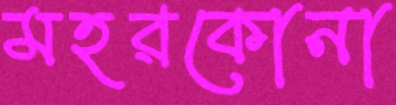
মহরকোনা